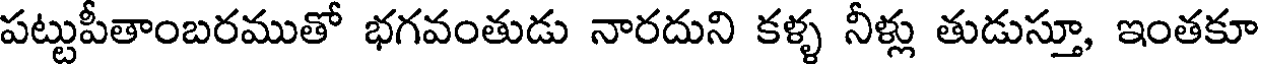
పట్టుపీతాంబరముతో భగవంతుడు నారదుని కళ్ళ నీళ్లు తుడుస్తూ, ఇంతకూ